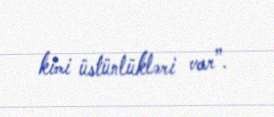
kimi üstünlükləri var”.